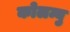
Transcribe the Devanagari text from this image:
कोलम्बु